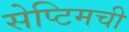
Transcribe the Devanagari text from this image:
सेप्टिमची